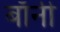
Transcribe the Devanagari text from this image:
बाॅनी